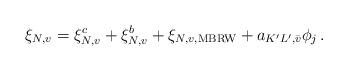
\begin{align*}\xi_{N, v} = \xi_{N, v}^c + \xi_{N, v}^b + \xi_{N, v, \mathrm{MBRW}}+ a_{K'L', \bar v} \phi_j\,.\end{align*}